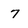
Character: 7